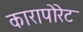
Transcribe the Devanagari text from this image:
कारापोरेट